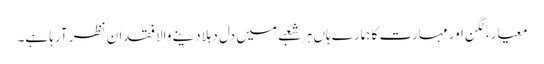
معیار،لگن اور مہارت کا ہمارے ہاں ہر شعبے میں دل دہلادینے والا فقدان نظر آرہا ہے۔